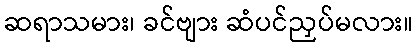
ဆရာသမား၊ ခင်ဗျား ဆံပင်ညှပ်မလား။